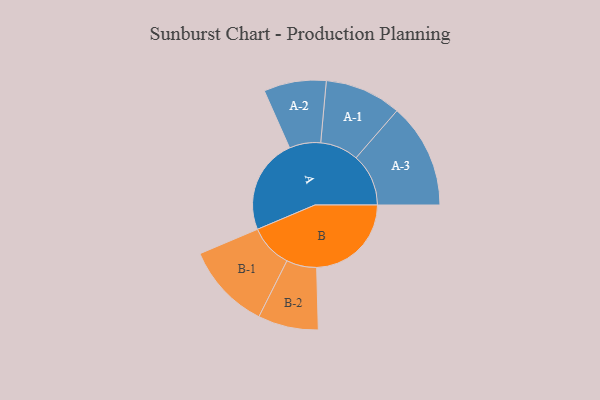
{"axis": {"x": "Segment", "y": "Value"}, "legend": ["", "A", "B"], "data": [{"x": "A", "y": 363, "type": ""}, {"x": "B", "y": 361, "type": ""}, {"x": "A-1", "y": 146, "type": "A"}, {"x": "A-2", "y": 119, "type": "A"}, {"x": "A-3", "y": 200, "type": "A"}, {"x": "B-1", "y": 165, "type": "B"}, {"x": "B-2", "y": 115, "type": "B"}]}